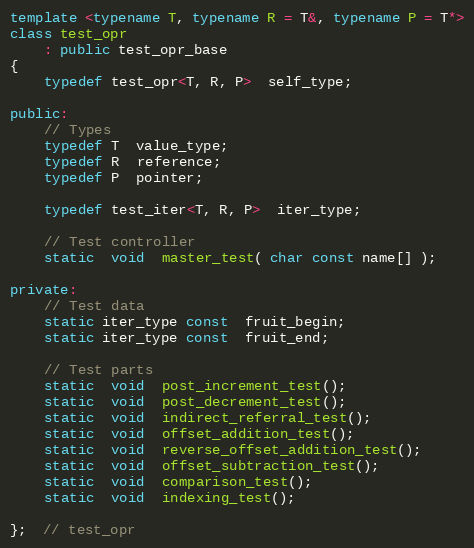
Language: C++
template <typename T, typename R = T&, typename P = T*>
class test_opr
    : public test_opr_base
{
    typedef test_opr<T, R, P>  self_type;

public:
    // Types
    typedef T  value_type;
    typedef R  reference;
    typedef P  pointer;

    typedef test_iter<T, R, P>  iter_type;

    // Test controller
    static  void  master_test( char const name[] );

private:
    // Test data
    static iter_type const  fruit_begin;
    static iter_type const  fruit_end;

    // Test parts
    static  void  post_increment_test();
    static  void  post_decrement_test();
    static  void  indirect_referral_test();
    static  void  offset_addition_test();
    static  void  reverse_offset_addition_test();
    static  void  offset_subtraction_test();
    static  void  comparison_test();
    static  void  indexing_test();

};  // test_opr